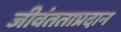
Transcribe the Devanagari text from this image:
जीवंतताप्रदान